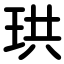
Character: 珙